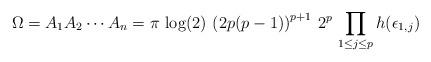
LaTeX: \begin{align*} \Omega = A_1 A_2 \cdots A_n = \pi \, \log (2) \, \left( 2 p (p-1) \right)^{p+1} \, 2^p \, \prod_{1 \leq j \leq p} h ( \epsilon_{1,j})\end{align*}